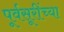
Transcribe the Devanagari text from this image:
पूर्वसूरींच्या